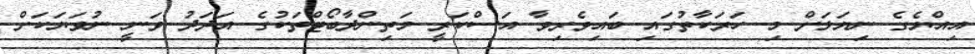
އިއްޔެގެ ނިޔަލަށް މި ހަރަކާތުގައި ބައިވެރިވާ އަސްކަރީ މަތިންދާބޯޓްތަކުގެ އަދަދު ވަނީ ނުވަޔަކަށް